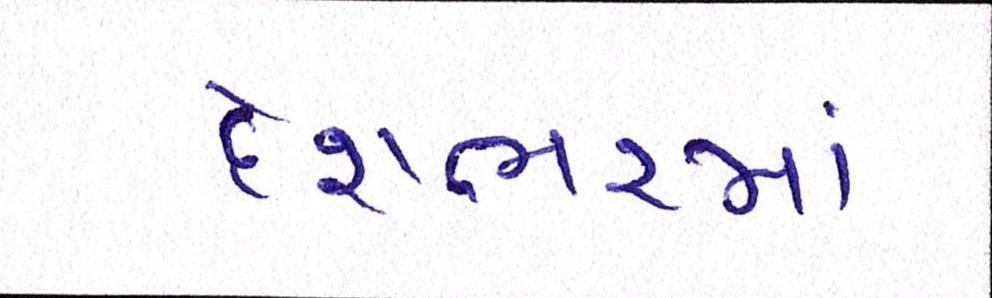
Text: દેશભરમાં